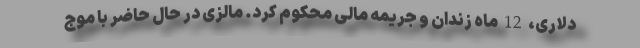
دلاری، 12 ماه زندان و جریمه مالی محکوم کرد. مالزی در حال حاضر با موج